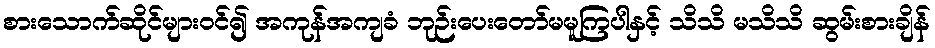
စားသောက်ဆိုင်များဝင်၍ အကုန်အကျခံ ဘုဉ်းပေးတော်မမူကြပါနှင့် သိသိ မသိသိ ဆွမ်းစားချိန်